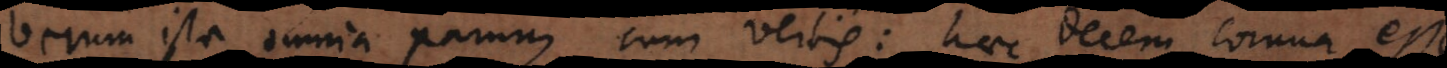
verum ista omnia parum cum verbis: haec decem cornua esse